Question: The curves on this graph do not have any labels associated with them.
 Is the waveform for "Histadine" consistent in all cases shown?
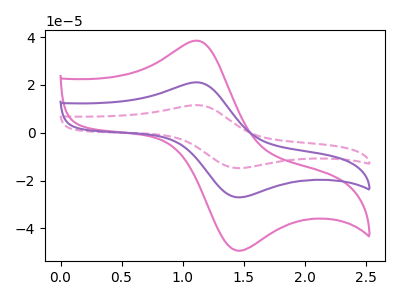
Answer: <think>The pink curve "pink" has an anodic peak at (1.15V, 38.40uA) and a cathodic peak at (1.45V, -49.35uA). The pink dashed curve "pink dashed" has an anodic peak at (1.15V, 42.05uA) and a cathodic peak at (1.45V, -54.05uA). The purple curve "purple" has an anodic peak at (1.15V, 21.00uA) and a cathodic peak at (1.45V, -27.00uA).
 All the peaks in "pink" have a peak in "pink dashed" at the same potential. Every peak in "pink" is lower than every peak in "pink dashed". All the peaks in "pink" have a peak in "purple" at the same potential. Every peak in "pink" is higher than every peak in "purple". All the peaks in "pink dashed" have a peak in "purple" at the same potential. Every peak in "pink dashed" is higher than every peak in "purple".</think>
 <answer>All the CV's of "Histadine" have similar shape.</answer>
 <eval>follow_rule</eval>